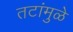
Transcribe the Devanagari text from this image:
तटांमुळे